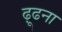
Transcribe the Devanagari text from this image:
ढ़ूढना